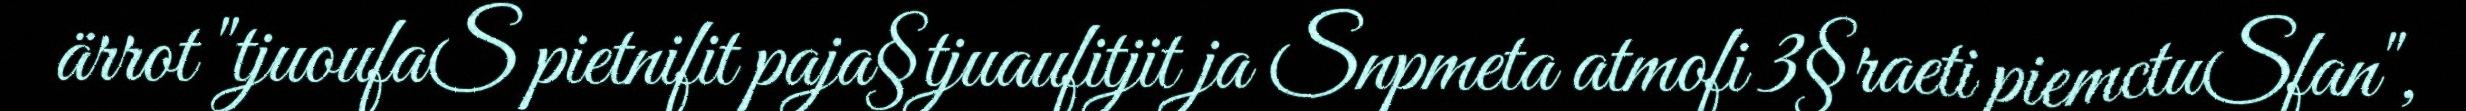
ärrot "tjuoufaS pietnifit paja§tjuaufitjit ja Snpmeta atmofi 3§raeti piemctuSfan",